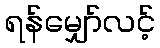
ရန်မျှော်လင့်